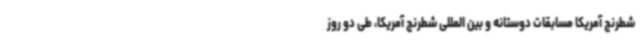
شطرنج آمریکا مسابقات دوستانه و بین المللی شطرنج آمریکا، طی دو روز